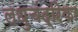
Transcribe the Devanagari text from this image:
लधुचंद्रिका